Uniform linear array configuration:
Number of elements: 24
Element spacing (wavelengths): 1
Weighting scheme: cosine
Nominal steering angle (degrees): -45
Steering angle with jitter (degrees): -45.58
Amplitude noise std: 0.05
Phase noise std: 0.05

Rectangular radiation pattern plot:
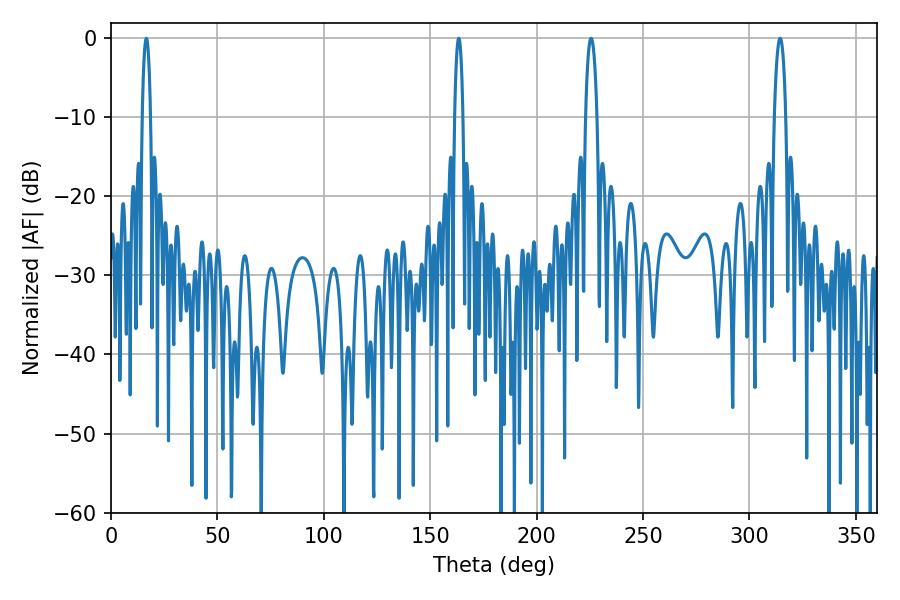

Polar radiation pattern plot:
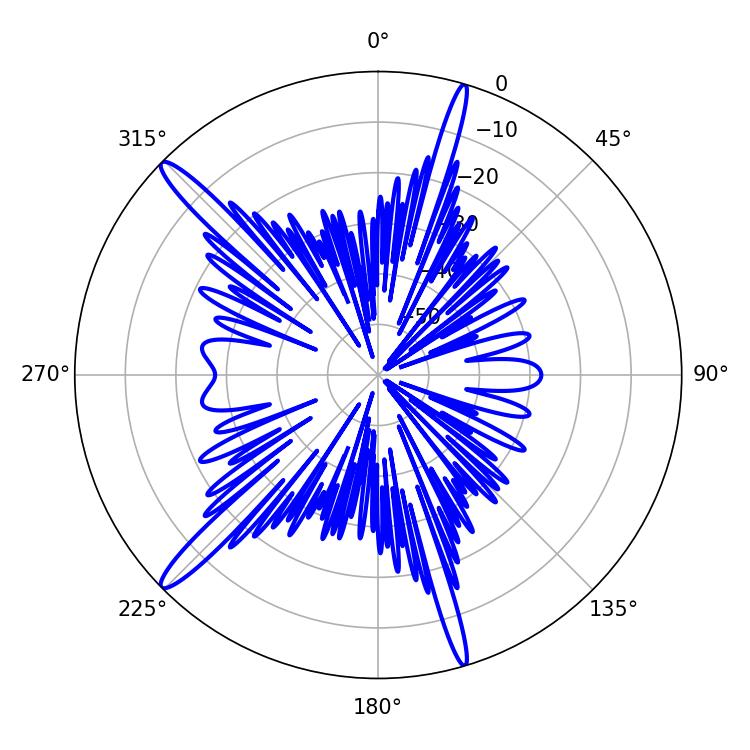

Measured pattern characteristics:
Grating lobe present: TRUE
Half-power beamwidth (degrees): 3.06
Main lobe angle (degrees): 225.54